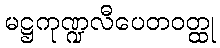
မဋ္ဌကုဏ္ဍလီပေတဝတ္ထု